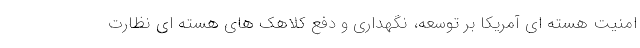
امنیت هسته ای آمریکا بر توسعه، نگهداری و دفع کلاهک های هسته ای نظارت